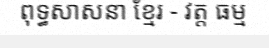
ពុទ្ធសាសនា ខ្មែរ - វត្ត ធម្ម